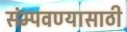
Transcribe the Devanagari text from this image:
संम्पवण्यासाठी